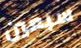
سبعين